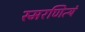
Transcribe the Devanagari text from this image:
स्मरणित्यं